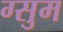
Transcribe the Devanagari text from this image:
ग्सुम